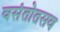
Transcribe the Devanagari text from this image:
वसंतोतसव